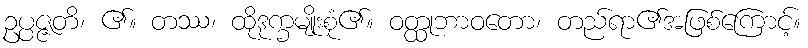
ဥပ္ပဇ္ဇတိ၊ ၏။ တဿ၊ ထိုဒုက္ခမျိုးစုံ၏။ ဝတ္ထုဘာဝတော၊ တည်ရာ၏အဖြစ်ကြောင့်။